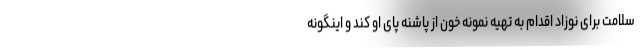
سلامت برای نوزاد اقدام به تهیه نمونه خون از پاشنه پای او کند و اینگونه